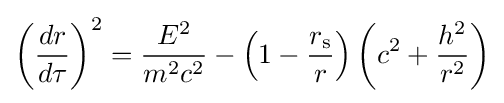
\left({\frac {dr}{d\tau }}\right)^{2}={\frac {E^{2}}{m^{2}c^{2}}}-\left(1-{\frac {r_{\text{s}}}{r}}\right)\left(c^{2}+{\frac {h^{2}}{r^{2}}}\right)